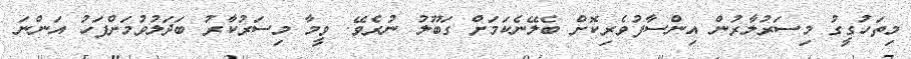
މިތަހުގީގު މިސަރުލާރުން އިންސާފުވެރިކޮށް ބެލޭނެކަމަށް ގަބޫލު ނުރެވޭ. ވީމާ މިސަރުކާރު ބަދަލުވުމަށްފަހު އަންނަ